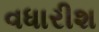
વધારીશ